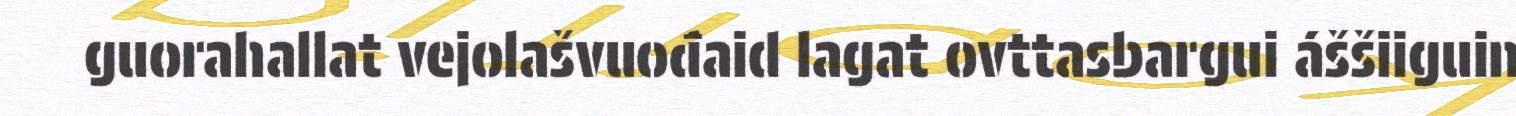
guorahallat vejolašvuođaid lagat ovttasbargui áššiiguin